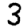
Digit: 3